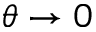
\theta \rightarrow 0